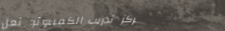
مركز تدريب الكمبيوتر: تعل